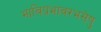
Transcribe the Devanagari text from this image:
भाविप्रभावरभसेषु